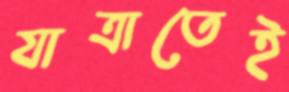
যাত্রাতেই